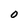
Character: O